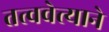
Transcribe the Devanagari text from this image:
तत्ववेत्त्याने